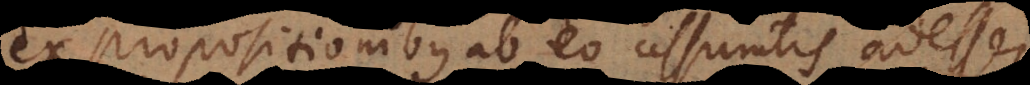
ex propositionibus ab eo assumtis adesse,